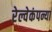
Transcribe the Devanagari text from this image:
रेल्वेकंपन्या